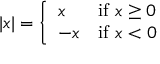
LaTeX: \textstyle | x | = { \left\{ \begin{array} { l l } { x } & { { \mathrm { i f ~ } } x \geq 0 } \\ { - x } & { { \mathrm { i f ~ } } x < 0 } \end{array} \right. }